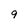
Character: 9